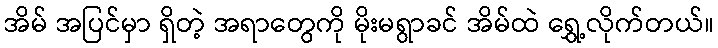
အိမ် အပြင်မှာ ရှိတဲ့ အရာတွေကို မိုးမရွာခင် အိမ်ထဲ ရွှေ့လိုက်တယ်။